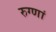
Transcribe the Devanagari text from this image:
रुग्णां